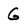
Character: G